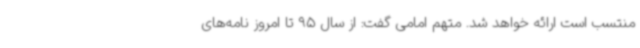
منتسب است ارائه خواهد شد. متهم امامی گفت: از سال 95 تا امروز نامه‌های